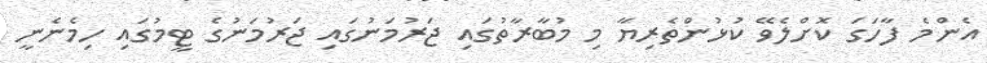
އެންމެ ފާހަގަ ކޮށްލެވޭ ކުޅުންތެރިޔާ މި މުބާރާތުގައި ޖަރުމަނުގައި ޖަރުމަނުގެ ޓީމުގައި ހިމެނެނީ